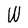
Character: W